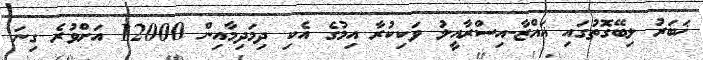
ޚަބަރު ލިބޭގޮތުގައި ޣައްޒާ-އިސްރާއީލު ވަކިކުރާ އިމުގެ އެކި ދިމަދިމާއިން 12000 އަށްވުރެ ގިނަ